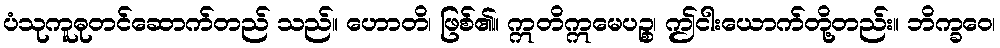
ပံသုကူဓုတင်ဆောက်တည် သည်။ ဟောတိ၊ ဖြစ်၏။ ဣတိဣမေပဉ္စ၊ ဤငါးယောက်တို့တည်း။ ဘိက္ခဝေ၊